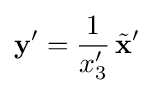
\mathbf {y} '={\frac {1}{x'_{3}}}\,{\tilde {\mathbf {x} }}'